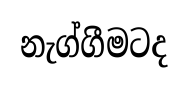
නැග්ගීමටද